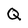
Character: Q